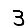
Digit: 3